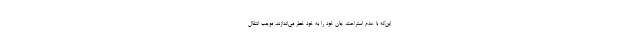
این‌که با عدم استراحت، جان خود را به خود خطر می‌اندازند، موجب انتقال